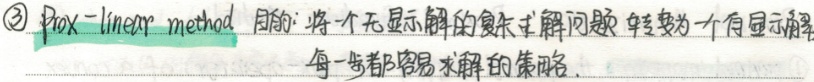
\textcircled{3} **prox - linear method** 目的：将一个无显示解的复杂求解问题转变为一个有显示解，每一步都容易求解的策略。